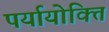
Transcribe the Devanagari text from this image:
पर्यायोक्ति